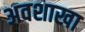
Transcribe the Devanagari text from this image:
अवशाखा